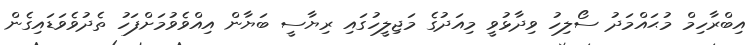
އިބްރާހިމް މުޙައްމަދު ސޯލިހު ވިދާޅުވީ މިއަދުގެ މަޖިލީހުގައި ރިޔާސީ ބަޔާން އިއްވެވުމަށްފަހު ތެދުވެވަޑައިގެން